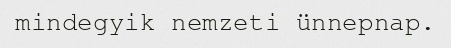
mindegyik nemzeti ünnepnap.